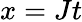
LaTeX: x=Jt